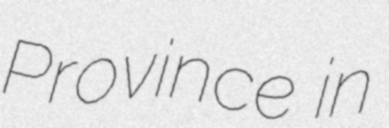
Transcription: Province in